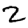
Digit: 2